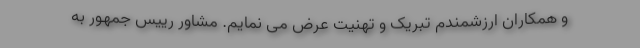
و همکاران ارزشمندم تبریک و تهنیت عرض می نمایم. مشاور رییس جمهور به